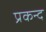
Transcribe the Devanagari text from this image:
प्रकन्द